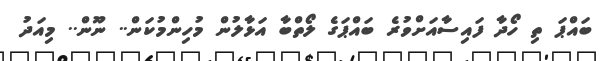
ބައްޕަ ތި ހޯދާ ފައިސާއަށްވުރެ ބައްޕަގެ ލޯތްބާ އަޅާލުން މުހިންމުކަން.. ނޫން.. މިއަދު